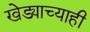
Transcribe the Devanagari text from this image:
खेड्याच्याही